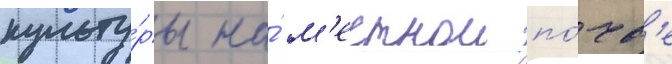
культу́ры на́ м'естнои по́чв'е